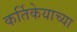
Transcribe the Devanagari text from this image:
कर्तिकेयाच्या